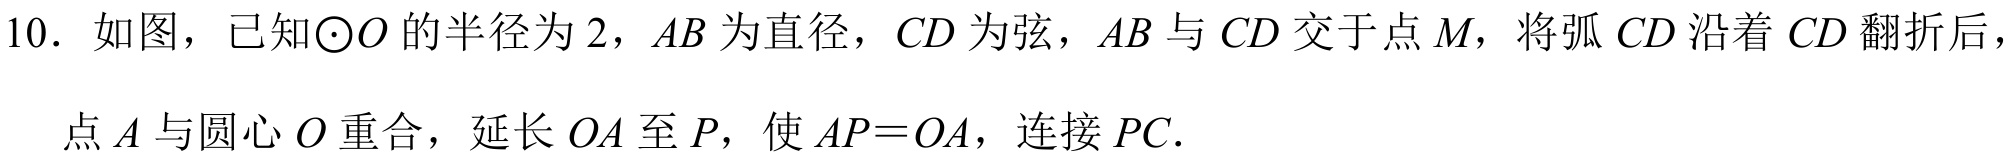
10. 如图，已知\(\odot O\) 的半径为 \(2\)，\(AB\) 为直径，\(CD\) 为弦，\(AB\) 与 \(CD\) 交于点 \(M\)，将弧 \(CD\) 沿着 \(CD\) 翻折后，点 \(A\) 与圆心 \(O\) 重合，延长 \(OA\) 至 \(P\)，使 \(AP = OA\)，连接 \(PC\).